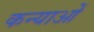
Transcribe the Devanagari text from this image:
कन्याओें